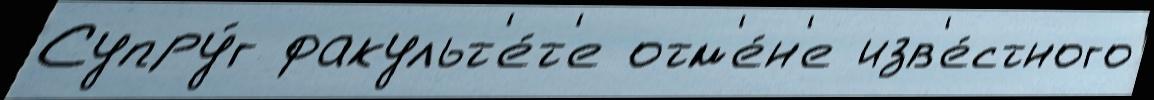
Супру́г факульт'е́т'е отм'е́н'е изв'е́стного